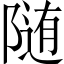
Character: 随